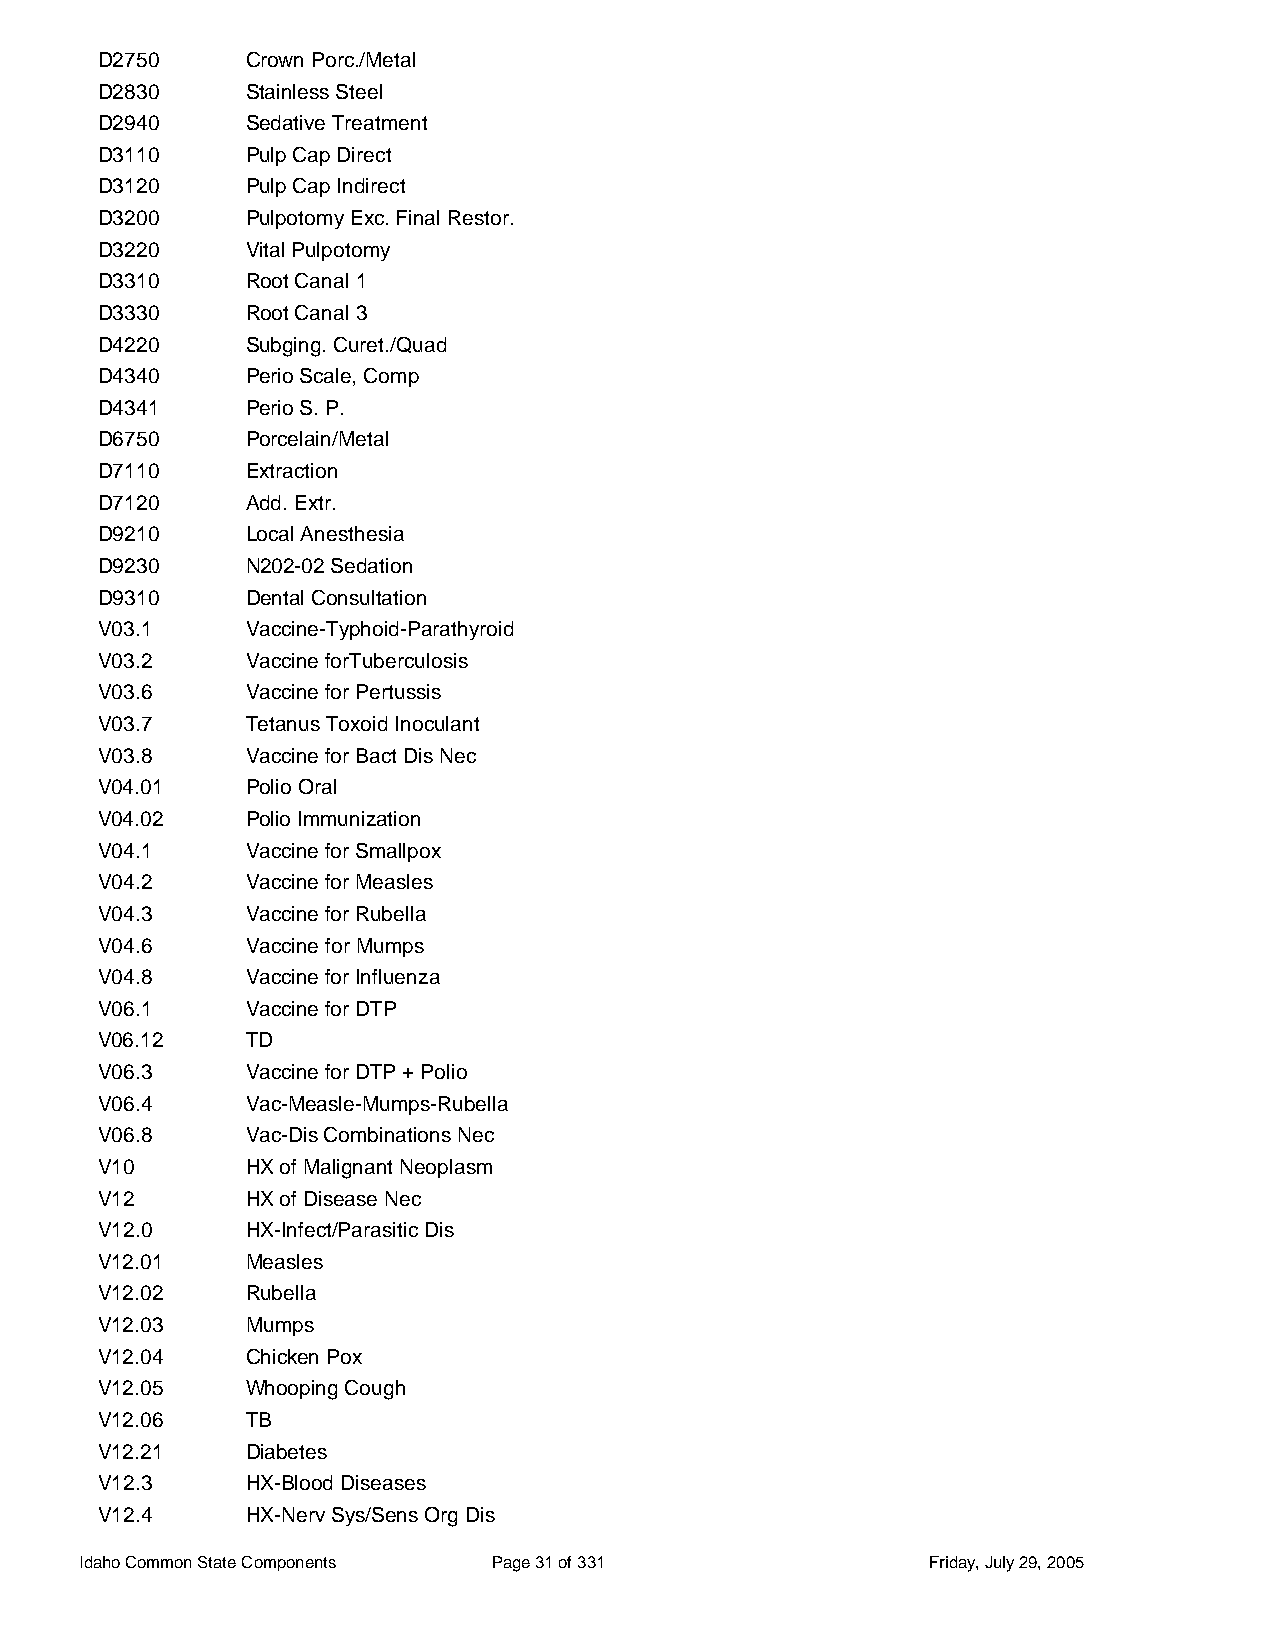
D2750     Crown Porc./Metal
 D2830     Stainless Steel
 D2940     Sedative Treatment
 D3110     Pulp Cap Direct
 D3120     Pulp Cap Indirect
 D3200     Pulpotomy Exc. Final Restor.
 D3220     Vital Pulpotomy
 D3310     Root Canal 1
 D3330     Root Canal 3
 D4220     Subging. Curet./Quad
 D4340     Perio Scale, Comp
 D4341     Perio S. P.
 D6750     Porcelain/Metal
 D7110     Extraction
 D7120     Add. Extr.
 D9210     Local Anesthesia
 D9230     N202-02 Sedation
 D9310     Dental Consultation
 V03.1     Vaccine-Typhoid-Parathyroid
 V03.2     Vaccine forTuberculosis
 V03.6     Vaccine for Pertussis
 V03.7     Tetanus Toxoid Inoculant
 V03.8     Vaccine for Bact Dis Nec
 V04.01    Polio Oral
 V04.02    Polio Immunization
 V04.1     Vaccine for Smallpox
 V04.2     Vaccine for Measles
 V04.3     Vaccine for Rubella
 V04.6     Vaccine for Mumps
 V04.8     Vaccine for Influenza
 V06.1     Vaccine for DTP
 V06.12    TD
 V06.3     Vaccine for DTP + Polio
 V06.4     Vac-Measle-Mumps-Rubella
 V06.8     Vac-Dis Combinations Nec
 V10       HX of Malignant Neoplasm
 V12       HX of Disease Nec
 V12.0     HX-Infect/Parasitic Dis
 V12.01    Measles
 V12.02    Rubella
 V12.03    Mumps
 V12.04    Chicken Pox
 V12.05    Whooping Cough
 V12.06    TB
 V12.21    Diabetes
 V12.3     HX-Blood Diseases
 V12.4     HX-Nerv Sys/Sens Org Dis
 Idaho Common State Components Page 31 of 331            Friday, July 29, 2005